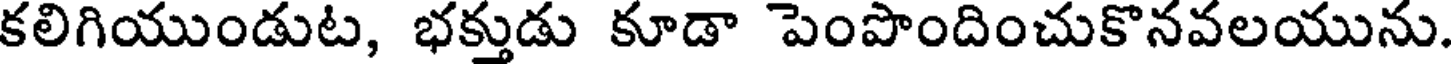
కలిగియుండుట, భక్తుడు కూడా పెంపొందించుకొనవలయును.